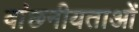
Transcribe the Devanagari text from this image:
वांछनीयताओं